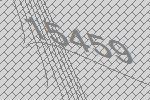
15459